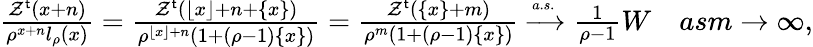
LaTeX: \begin{array}{r}{\frac{\mathcal{Z}^{\mathsf{t}}(x+n)}{\rho^{x+n}l_{\rho}(x)}=\frac{\mathcal{Z}^{\mathsf{t}}(\lfloor x\rfloor+n+\{ x\} )}{\rho^{\lfloor x\rfloor+n}(1+(\rho-1)\{ x\} )}=\frac{\mathcal{Z}^{\mathsf{t}}(\{ x\} +m)}{\rho^{m}(1+(\rho-1)\{ x\} )}\xrightarrow{\scriptscriptstyle{a.s.}}\frac{1}{\rho-1}W\quad\textit{as}m\to\infty,}\end{array}